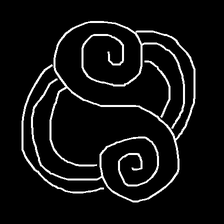
Glyph: wind-underfoot